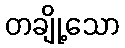
တချို့သော